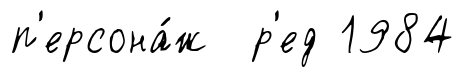
п'ерсона́ж р'ед 1984